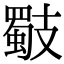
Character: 𢻧